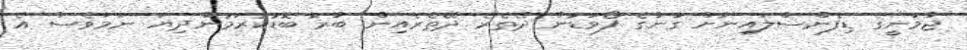
ޖާމަނީގެ ޑިފެންސްލައިނަށް ގާނާގެ ފޯވަޑުން ދޭތެރެ ދޭތެރެއިން ބާރު ބޮޑުކުރަމުންދިޔަ ނަމަވެސް އެ